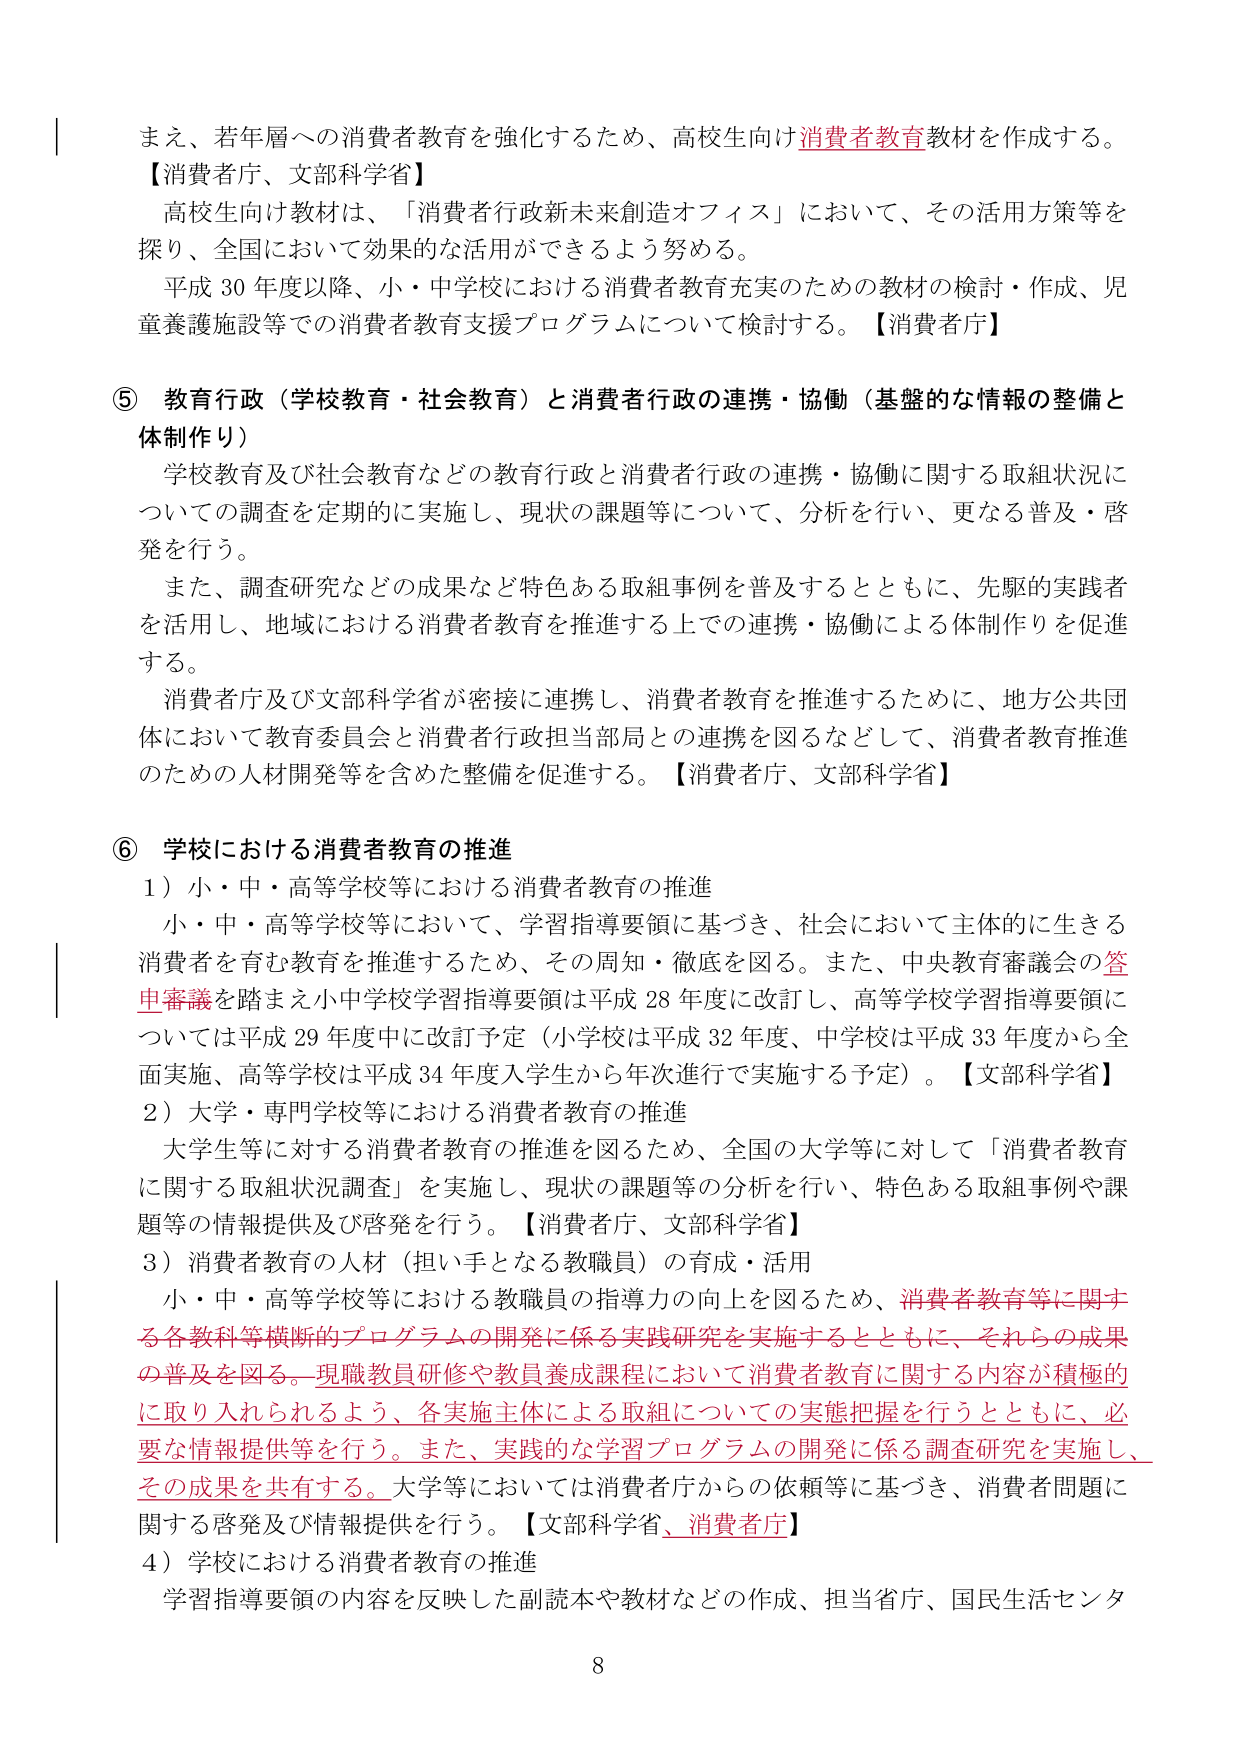
まえ、若年層への消費者教育を強化するため、高校生向け消費者教育教材を作成する。
【消費者庁、文部科学省】
高校生向け教材は、「消費者行政新未来創造オフィス」において、その活用方策等を探り、全国において効果的な活用ができるよう努める。
平成30年度以降、小・中学校における消費者教育充実のための教材の検討・作成、児童養護施設等での消費者教育支援プログラムについて検討する。【消費者庁】

⑤ 教育行政（学校教育・社会教育）と消費者行政の連携・協働（基盤的な情報の整備と体制作り）
学校教育及び社会教育などの教育行政と消費者行政の連携・協働に関する取組状況についての調査を定期的に実施し、現状の課題等について、分析を行い、更なる普及・啓発を行う。
また、調査研究などの成果など特色ある取組事例を普及するとともに、先駆的実践者を活用し、地域における消費者教育を推進する上での連携・協働による体制作りを促進する。
消費者庁及び文部科学省が密接に連携し、消費者教育を推進するために、地方公共団体において教育委員会と消費者行政担当部局との連携を図るなどして、消費者教育推進のための人材開発等を含めた整備を促進する。【消費者庁、文部科学省】

⑥ 学校における消費者教育の推進
1）小・中・高等学校等における消費者教育の推進
小・中・高等学校等において、学習指導要領に基づき、社会において主体的に生きる消費者を育む教育を推進するため、その周知・徹底を図る。また、中央教育審議会の答申審議を踏まえ小中学校学習指導要領は平成28年度に改訂し、高等学校学習指導要領については平成29年度中に改訂予定（小学校は平成32年度、中学校は平成33年度から全面実施、高等学校は平成34年度入学生から年次進行で実施する予定）。【文部科学省】
2）大学・専門学校等における消費者教育の推進
大学生等に対する消費者教育の推進を図るため、全国の大学等に対して「消費者教育に関する取組状況調査」を実施し、現状の課題等の分析を行い、特色ある取組事例や課題等の情報提供及び啓発を行う。【消費者庁、文部科学省】
3）消費者教育の人材（担い手となる教職員）の育成・活用
小・中・高等学校等における教職員の指導力の向上を図るため、消費者教育等に関する各教科等横断的プログラムの開発に係る実践研究を実施するとともに、それらの成果の普及を図る。現職教員研修や教員養成課程において消費者教育に関する内容が積極的に取り入れられるよう、各実施主体による取組についての実態把握を行うとともに、必要な情報提供等を行う。また、実践的な学習プログラムの開発に係る調査研究を実施し、その成果を共有する。大学等においては消費者庁からの依頼等に基づき、消費者問題に関する啓発及び情報提供を行う。【文部科学省、消費者庁】
4）学校における消費者教育の推進
学習指導要領の内容を反映した副読本や教材などの作成、担当省庁、国民生活センタ

8